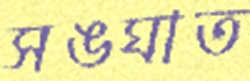
সঙঘাত